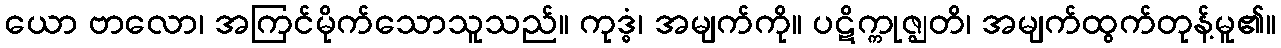
ယော ဗာလော၊ အကြင်မိုက်သောသူသည်။ ကုဒ္ဓံ၊ အမျက်ကို။ ပဋိက္ကုဇ္ဈတိ၊ အမျက်ထွက်တုန့်မူ၏။